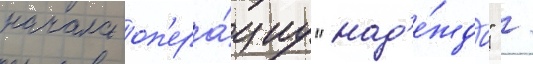
начала оп'ера́циу "над'е́жда" /